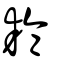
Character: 耣